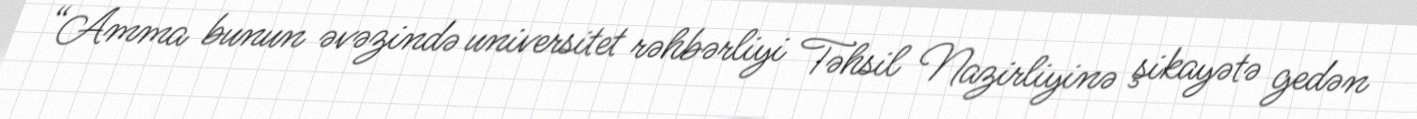
“Amma bunun əvəzində universitet rəhbərliyi Təhsil Nazirliyinə şikayətə gedən